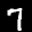
Label: 7